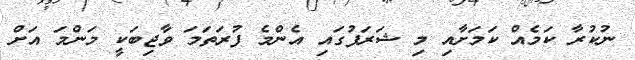
ނުކުރާ ކަމެއް ކަމަށާއި މި ޝަރަފުގައި އެންމެ ފުރަތަމަ ވާޖިބަކީ މަންމަ އަށް